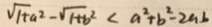
\sqrt { 1 + a ^ { 2 } } - \sqrt { 1 + b ^ { 2 } } < a ^ { 2 } + b ^ { 2 } - 2 a b